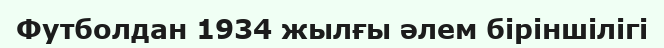
Футболдан 1934 жылғы әлем біріншілігі